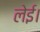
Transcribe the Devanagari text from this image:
लेई।